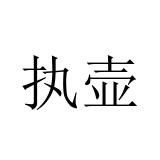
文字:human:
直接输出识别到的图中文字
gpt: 执壶